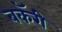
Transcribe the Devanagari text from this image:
बकॅरी